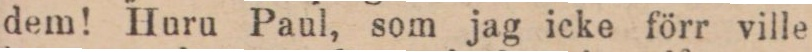
dem! Huru Paul, som jag icke förr ville